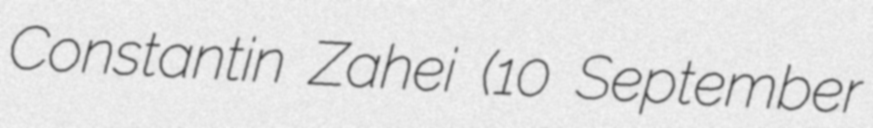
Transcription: Constantin Zahei (10 September